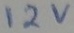
Text: 12V